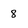
Character: 8